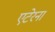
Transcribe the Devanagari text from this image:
एटेरना